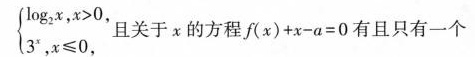
$$ \left{ l o g _ { 2 } ^ { x },x > 0 ， \\